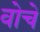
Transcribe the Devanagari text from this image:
वोचे